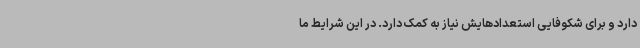
دارد و برای شکوفایی استعدادهایش نیاز به کمک دارد. در این شرایط ما